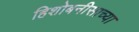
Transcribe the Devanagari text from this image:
हिशोबनीसाच्या